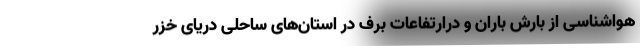
هواشناسی از بارش باران و درارتفاعات برف در استان‌های ساحلی دریای خزر